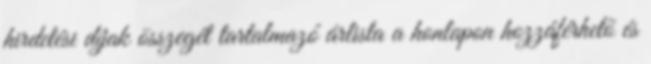
hirdetési díjak összegét tartalmazó árlista a honlapon hozzáférhető és